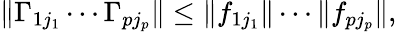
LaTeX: \| \Gamma_{1j_{1}}\cdots\Gamma_{pj_{p}}\| \le\| f_{1j_{1}}\| \cdots\| f_{pj_{p}}\| ,